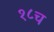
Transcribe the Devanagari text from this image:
१८च